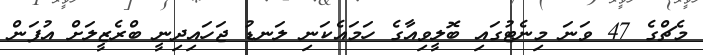
މެޗްގެ 47 ވަނަ މިނެޓުގައި ބޮލީވިއާގެ ހަމައެކަނި ލަނޑު ޖަހައިދިނީ ބްރެޒީލަށް އުފަން